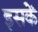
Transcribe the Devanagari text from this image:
इसकें